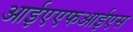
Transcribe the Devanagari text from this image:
आईएएफआईएस